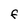
Character: F